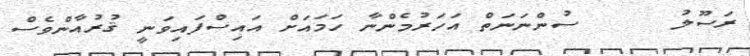
ރަސޫލު     ސުންނަނަތް އަހަރުމެންނާ ހަމައަށް އައިސްފައިވަނީ ޤުރުއާންވެސް